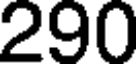
290